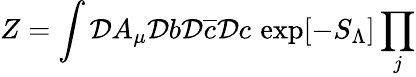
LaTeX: Z=\int\mathcal{D}A_{\mu}\mathcal{D}b\mathcal{D}\overline{{c}}\mathcal{D}c\, \exp[-S_{\Lambda}]\prod_{j}